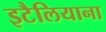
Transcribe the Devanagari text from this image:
इटैलियाना